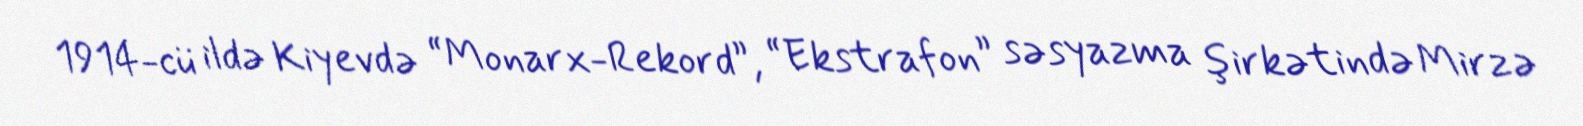
1914-cü ildə Kiyevdə “Monarx-Rekord”, “Ekstrafon” səsyazma şirkətində Mirzə